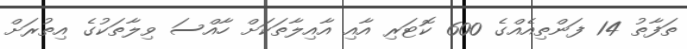
ތަފާތު 14 ފަންތިއެއްގެ 600 ކޮޓަރި އާއި އާއިލާތަކަށް ހާއްސަ ވިލާތަކުގެ އިތުރަށް